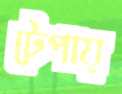
টেপায়